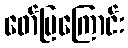
ဖော်ပြကြောင်း